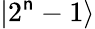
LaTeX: |2^{\mathsf{n}}-1\rangle